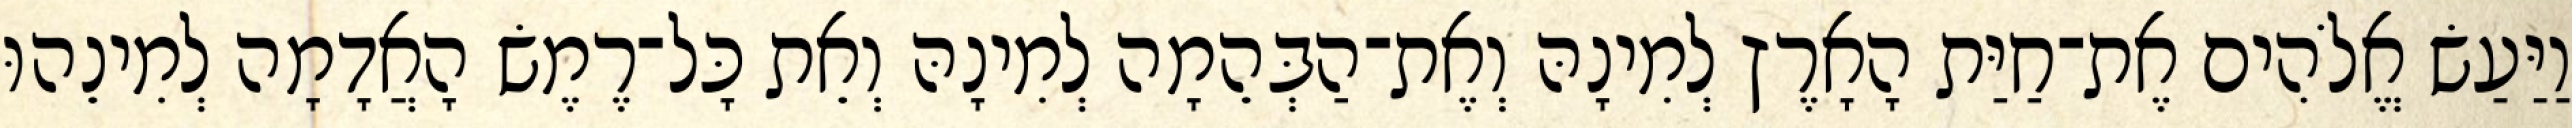
וַיַּעַשׂ אֱלֹהִים אֶת־חַיַּת הָאָרֶץ לְמִינָהּ וְאֶת־הַבְּהֵמָה לְמִינָהּ וְאֵת כָּל־רֶמֶשׂ הָאֲדָמָה לְמִינֵהוּ